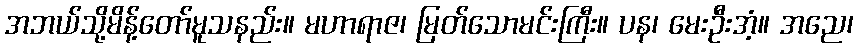
အဘယ်သို့မိန့်တော်မူသနည်း။ မဟာရာဇ၊ မြတ်သောမင်းကြီး။ ပန၊ မေးဦးအံ့။ အညေ၊